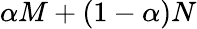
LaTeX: \alpha M+(1-\alpha)N